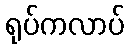
ရုပ်ကလာပ်